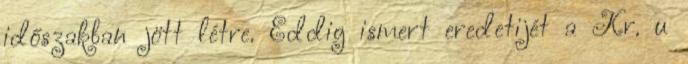
időszakban jött létre. Eddig ismert eredetijét a Kr. u